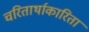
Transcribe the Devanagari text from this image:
चरितार्थाकारिता